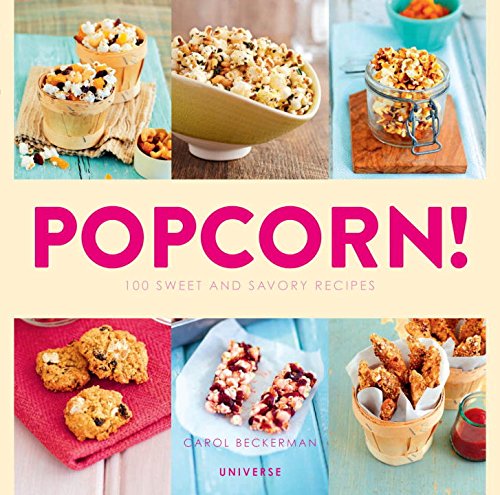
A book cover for Popcorn!: 100 Sweet and Savory Recipes; Carol Beckerman; Cookbooks, Food & Wine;